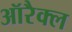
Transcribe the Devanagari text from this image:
ऑरैक्ल